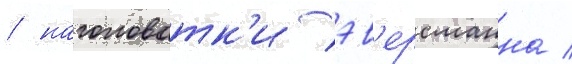
/ наголоватк'и эв'ерсманна /